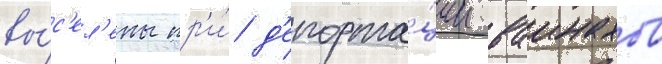
вы́с'ел'ены пр'и́ д'епорта́ции ваинахов